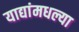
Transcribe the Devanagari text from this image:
याद्यांमधल्या